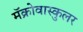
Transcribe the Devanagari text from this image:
मॅक्रोवास्कुलर